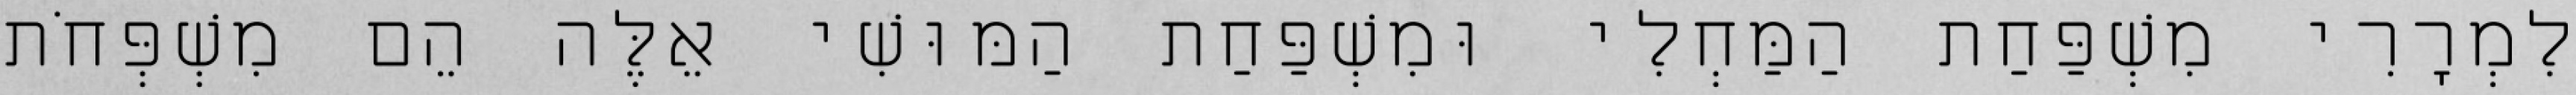
לִמְרָרִי מִשְׁפַּחַת הַמַּחְלִי וּמִשְׁפַּחַת הַמּוּשִׁי אֵלֶּה הֵם מִשְׁפְּחֹת